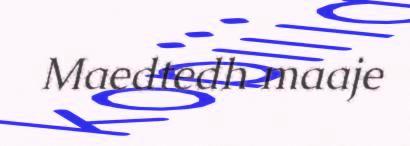
Maedtedh maaje